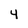
Character: 4